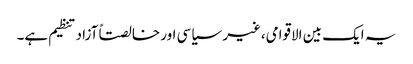
یہ ایک بین الاقوامی،غیر سیاسی اور خالصتاً آزاد تنظیم ہے۔